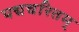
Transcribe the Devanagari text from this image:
पद्मचरितम्